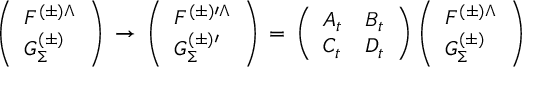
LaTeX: \left( \begin{array} { l } { { F ^ { ( \pm ) \Lambda } } } \\ { { G _ { \Sigma } ^ { ( \pm ) } } } \end{array} \right) \, \rightarrow \, \left( \begin{array} { l } { { F ^ { ( \pm ) \prime \Lambda } } } \\ { { G _ { \Sigma } ^ { ( \pm ) \prime } } } \end{array} \right) \, = \, \left( \begin{array} { l l } { { A _ { t } } } & { { B _ { t } } } \\ { { C _ { t } } } & { { D _ { t } } } \end{array} \right) \left( \begin{array} { l } { { F ^ { ( \pm ) \Lambda } } } \\ { { G _ { \Sigma } ^ { ( \pm ) } } } \end{array} \right)